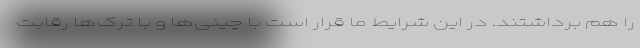
را هم برداشتند. در این شرایط ما قرار است با چینی‌ها و با ترک‌ها رقابت